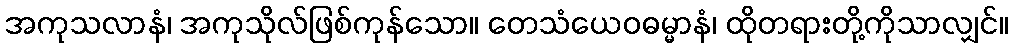
အကုသလာနံ၊ အကုသိုလ်ဖြစ်ကုန်သော။ တေသံယေဝဓမ္မာနံ၊ ထိုတရားတို့ကိုသာလျှင်။